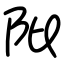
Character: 阰